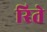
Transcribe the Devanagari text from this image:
रिते